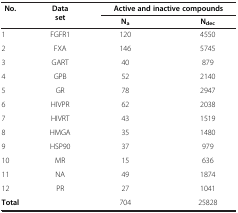
<table><thead><tr><td rowspan="2"><b>No.</b></td><td rowspan="2"><b>Data set</b></td><td colspan="2"><b>Active and inactive compounds</b></td></tr><tr><td><b>N<sub>a</sub></b></td><td><b>N<sub>dec</sub></b></td></tr></thead><tbody><tr><td>1</td><td>FGFR1</td><td>120</td><td>4550</td></tr><tr><td>2</td><td>FXA</td><td>146</td><td>5745</td></tr><tr><td>3</td><td>GART</td><td>40</td><td>879</td></tr><tr><td>4</td><td>GPB</td><td>52</td><td>2140</td></tr><tr><td>5</td><td>GR</td><td>78</td><td>2947</td></tr><tr><td>6</td><td>HIVPR</td><td>62</td><td>2038</td></tr><tr><td>7</td><td>HIVRT</td><td>43</td><td>1519</td></tr><tr><td>8</td><td>HMGA</td><td>35</td><td>1480</td></tr><tr><td>9</td><td>HSP90</td><td>37</td><td>979</td></tr><tr><td>10</td><td>MR</td><td>15</td><td>636</td></tr><tr><td>11</td><td>NA</td><td>49</td><td>1874</td></tr><tr><td>12</td><td>PR</td><td>27</td><td>1041</td></tr><tr><td><b>Total</b></td><td> </td><td>704</td><td>25828</td></tr></tbody></table>